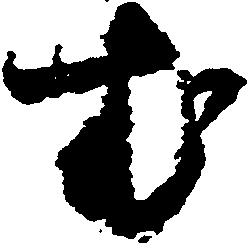
む